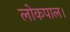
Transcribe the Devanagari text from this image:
लोकपाल।